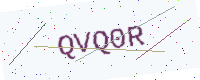
Text: QVQ0R